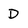
Character: D